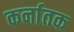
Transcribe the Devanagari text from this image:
कर्नातक